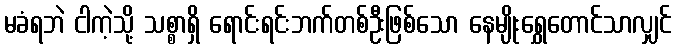
မခံရဘဲ ငါကဲ့သို့ သစ္စာရှိ ရောင်းရင်းဘက်တစ်ဦးဖြစ်သော နေမျိုးရွှေတောင်သာလျှင်